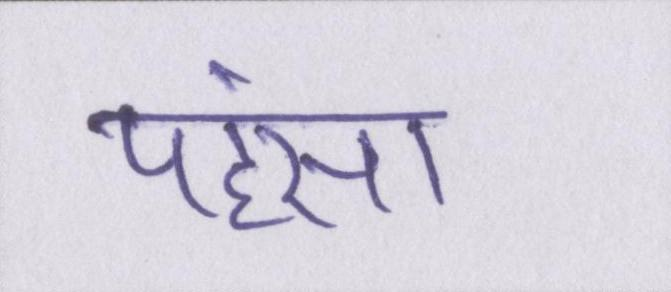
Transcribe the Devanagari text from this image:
पहंसा